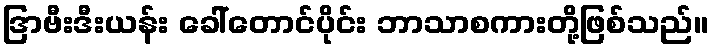
ဒြာဗီးဒီးယန်း ခေါ်တောင်ပိုင်း ဘာသာစကားတို့ဖြစ်သည်။